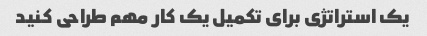
یک استراتژی برای تکمیل یک کار مهم طراحی کنید